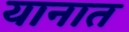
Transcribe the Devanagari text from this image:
यानात